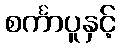
စင်္ကာပူနှင့်